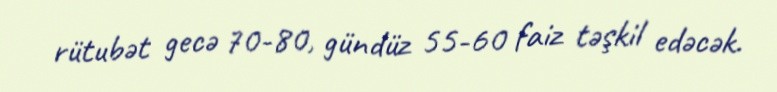
rütubət gecə 70-80, gündüz 55-60 faiz təşkil edəcək.